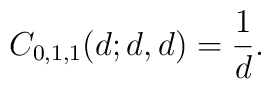
C_{0,1,1}(d; d,d) = {1\over d}.